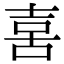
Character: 𠶮